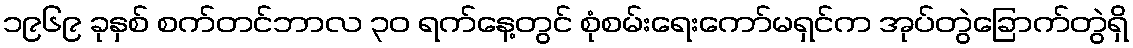
၁၉၆၉ ခုနှစ် စက်တင်ဘာလ ၃၀ ရက်နေ့တွင် စုံစမ်းရေးကော်မရှင်က အုပ်တွဲခြောက်တွဲရှိ